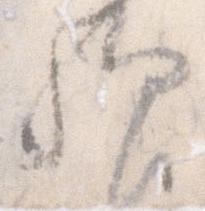
歟